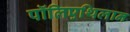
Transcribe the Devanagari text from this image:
पॉलिएथिलान